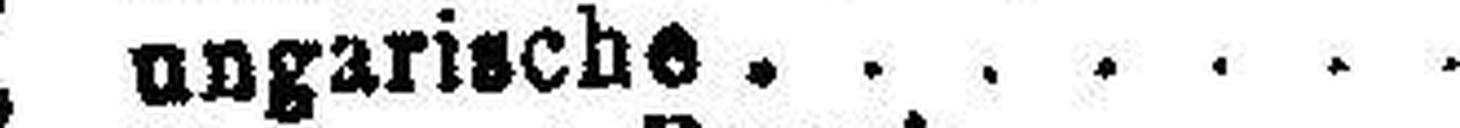
5% " ungarische